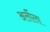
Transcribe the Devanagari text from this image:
अर्लीला